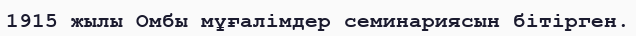
1915 жылы Омбы мұғалімдер семинариясын бітірген.